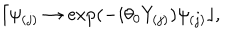
\lceil \psi _ { ( j ) } \rightarrow \exp ( - i \theta _ { 0 } Y _ { ( j ) } ) \psi _ { ( j ) } \rfloor ,